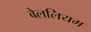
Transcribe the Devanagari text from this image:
बेललियम